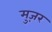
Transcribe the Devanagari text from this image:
मुज़र